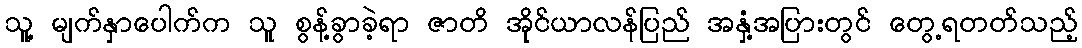
သူ့ မျက်နှာပေါက်က သူ စွန့်ခွာခဲ့ရာ ဇာတိ အိုင်ယာလန်ပြည် အနှံ့အပြားတွင် တွေ့ရတတ်သည့်